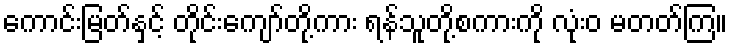
ကောင်းမြတ်နှင့် တိုင်းကျော်တို့ကား ရန်သူတို့စကားကို လုံးဝ မတတ်ကြ။